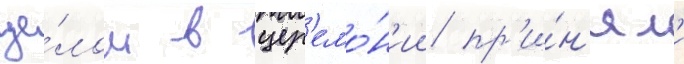
це́лом в цер'емо́н'ии пр'и́н'ял'и